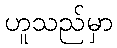
ဟူသည်မှာ